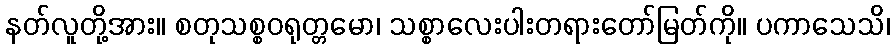
နတ်လူတို့အား။ စတုသစ္စဝရုတ္တမော၊ သစ္စာလေးပါးတရားတော်မြတ်ကို။ ပကာသေသိ၊